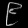
Digit: ၉